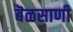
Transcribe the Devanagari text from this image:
बॆळसाणी